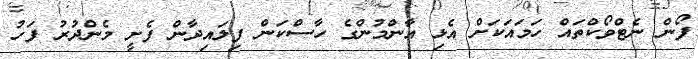
ފޯން ނެޓްވޯކްތައް ހަމައަކަށް އެޅި އާންމުންގެ ހާސްކަން ފިލައިދާން ފެށީ މެންދުރު ފަހު